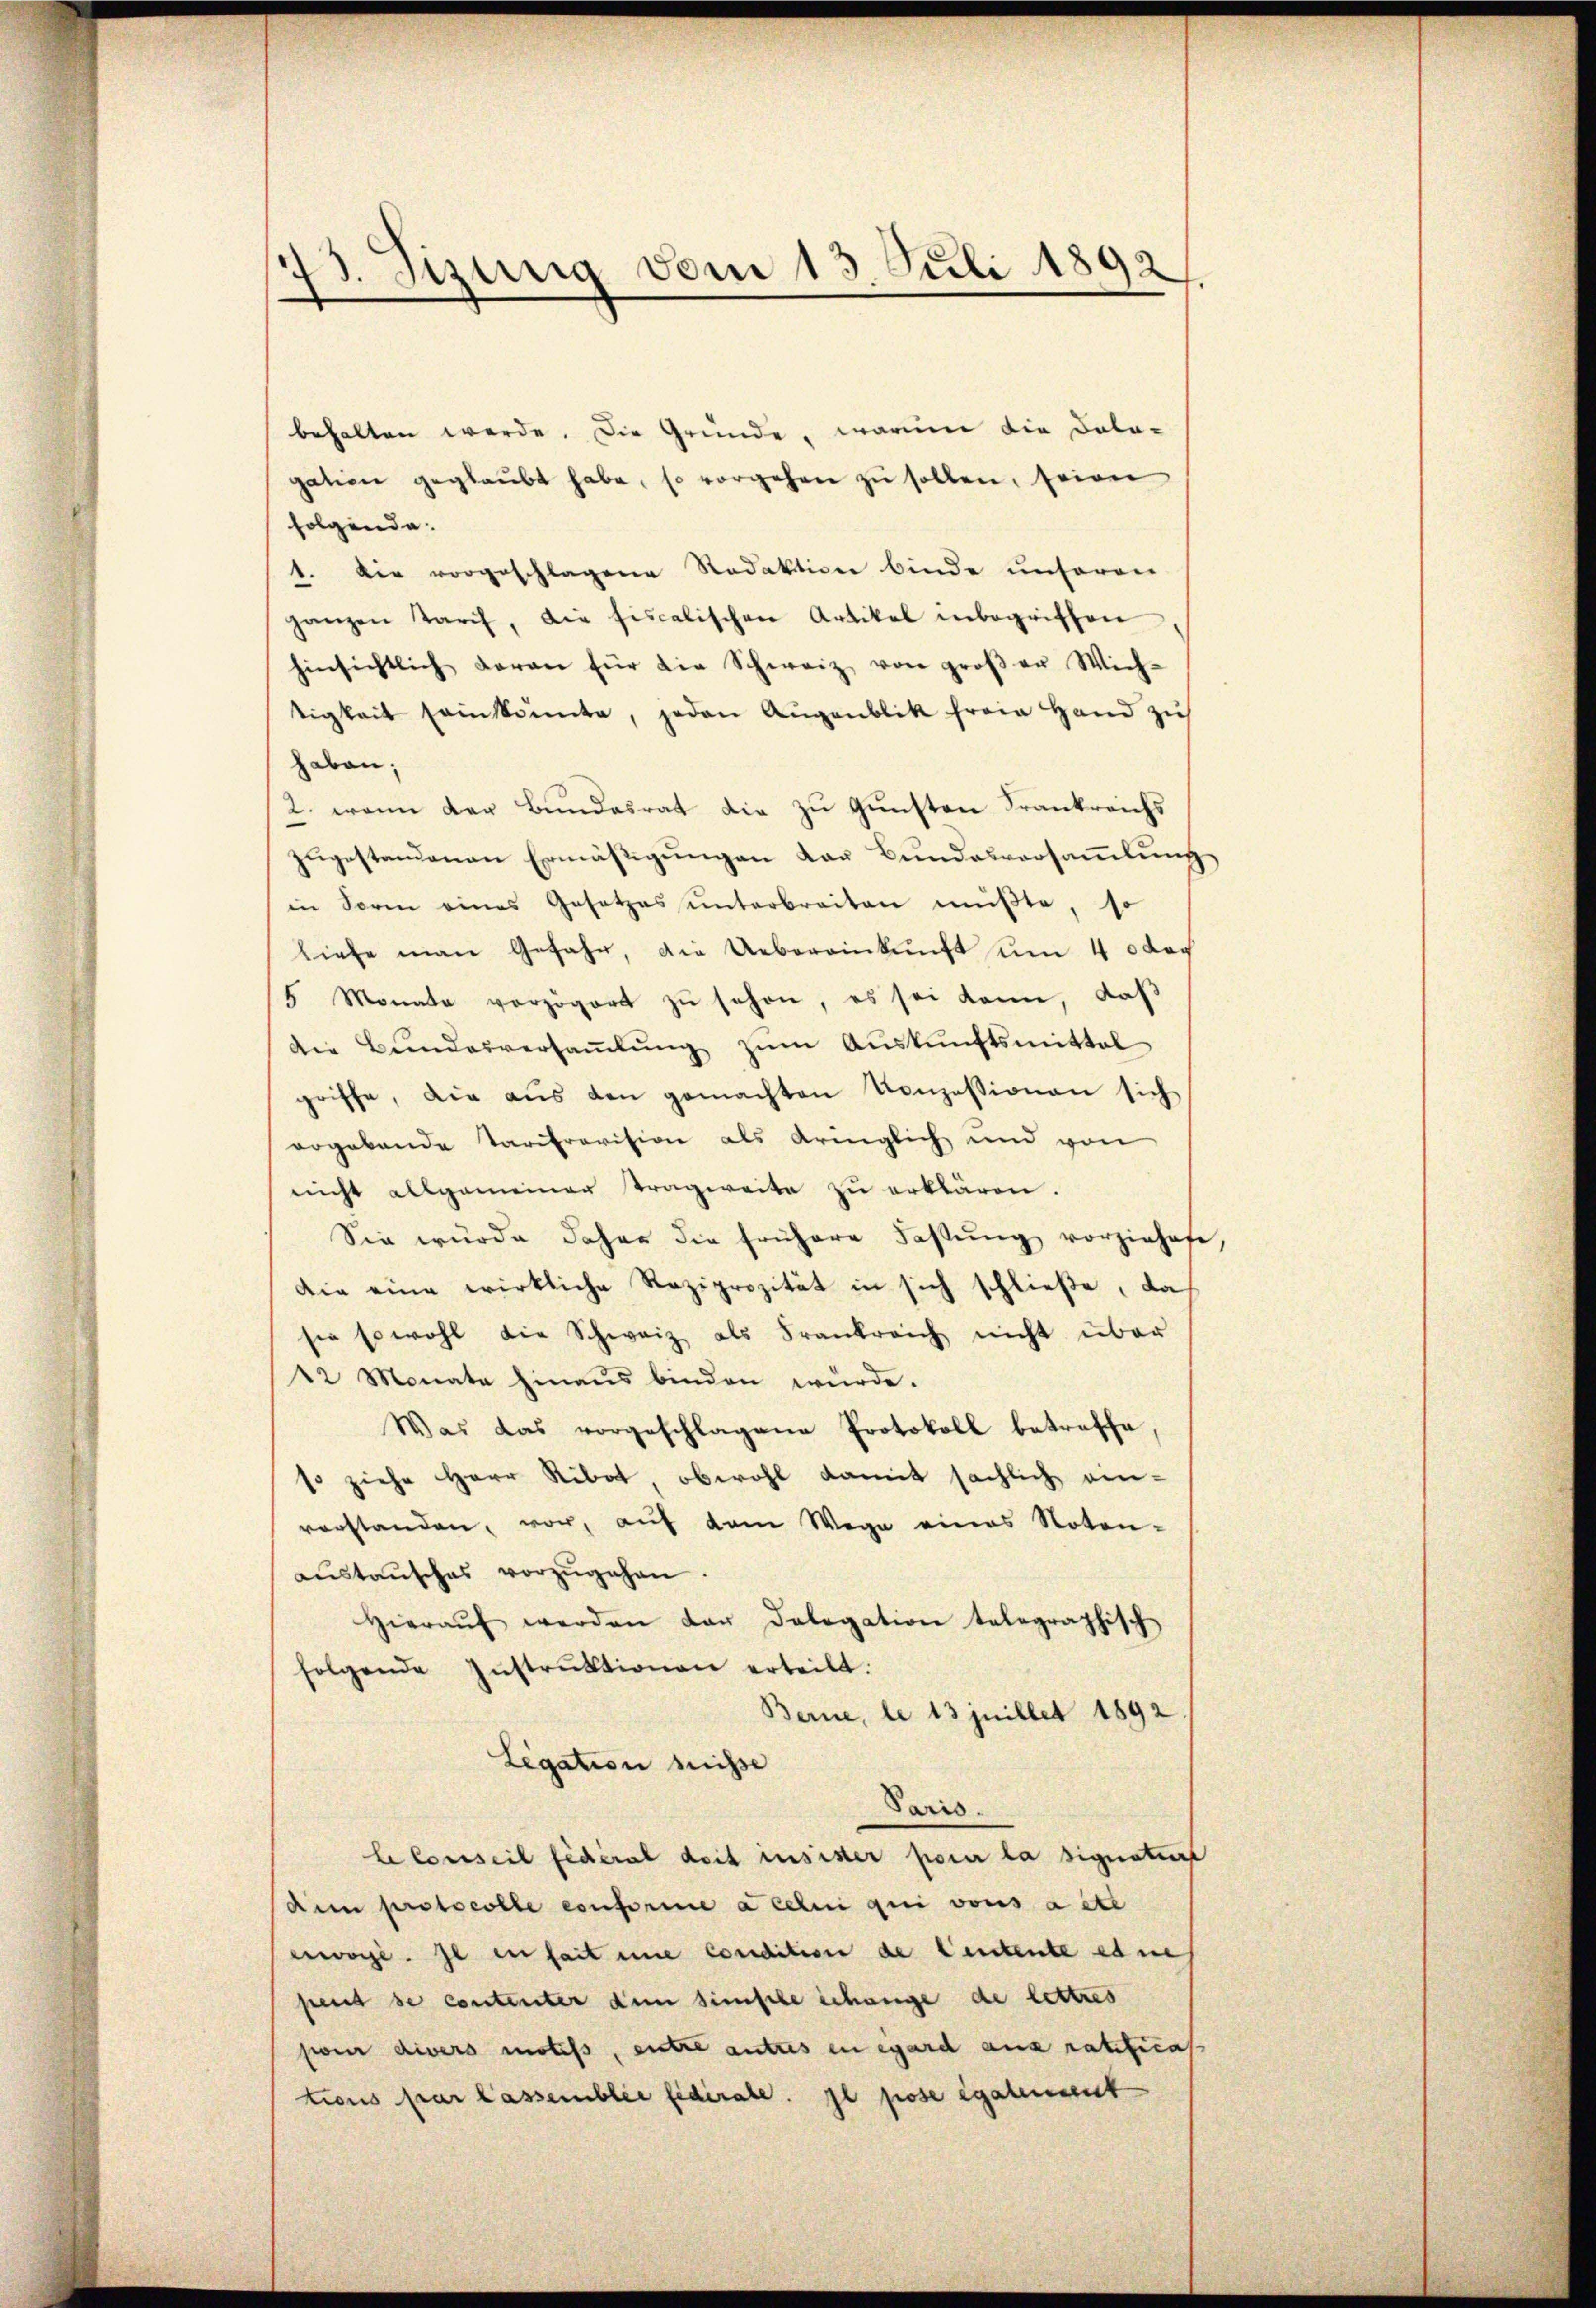
73. Tizung vom 13. Juli 1892

behalten werde. Die Gründe, warum die Dota-
gation geglaŭbt habe, so vorgehen zŭ sollen, seien
folgende.
1. Die vorgeschlagene Redaktion binde unseren
ganzen Tarch, die fiscalischen Artikel inbegriffen,
hinsichtlich daran für die Schweiz von groβer Wich-
tigkeit sein konnte, jeden Augenblik freie Hand zŭ
haben;
2. wenn der Bundesrat die zu Gunsten Frankreichs
zŭgestandenen Ermäßigungen der Bundesversammlung
in Form eines Gesetzes ŭnterbreiten müβte, so
liefe man Gefahr, die Uebereinkunft um 40 dac
5 Monate verzögert zŭ schon, es sei kann, daß
die Bundesversaṁlŭng zŭm Aŭskŭnftsmittel
griffe, die aŭs den gemachten Konzessionen sich
ergebende Tarifrovision als dringlich und von
nicht allgemeiner Tragweite zu erklären.
Sie würde daher die frühere Fastŭng vorziehete,
Die eine wirkliche Reziprozität in sich schließe, das
sie sowohl die Schweiz als Frankreich nicht über
42 Monate hinaus binden würde.
Was das vorgeschlagene Protokoll betreffe.
so ziehe Herr Ribot, obwohl damit sächlich ein-
vorstanden, vor, auf dem Wege eines Noten-
aŭstaŭsches vorzŭgehen.
hieraŭf werden der Dolegation telegraphisch
folgende Instrŭktionen erteilt.
Berne, le 13 juillet 1892.
Legation wisse
Paris.
le Conseil fédéral doit insister pour la signatur
dem protocolle conferine a celui qui vons aete
erwoge. Je in seit eine condition de Centente eines
pent se contenter dem simische Schange de lettres
sion divers motifs, entre autres in egard aus ratificat
tions par lassemblée fédérale. Il pose également